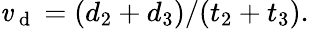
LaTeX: \mathit{v}_{\mathrm{{~d~}}}=(d_{2}+d_{3})/(t_{2}+t_{3}).